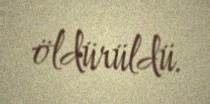
öldürüldü.